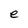
Character: e